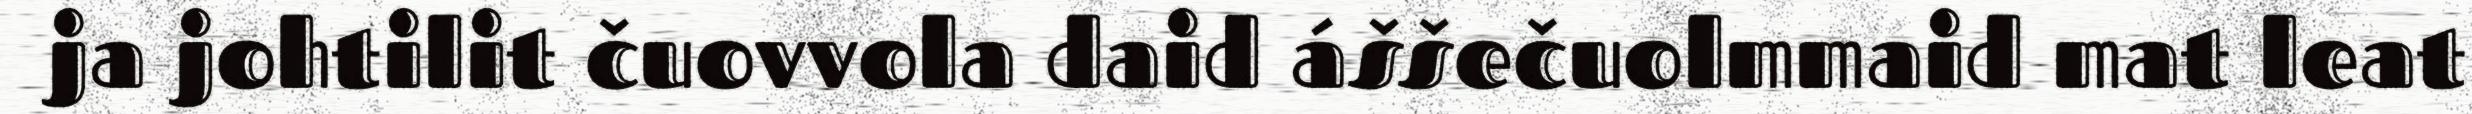
ja johtilit čuovvola daid áššečuolmmaid mat leat